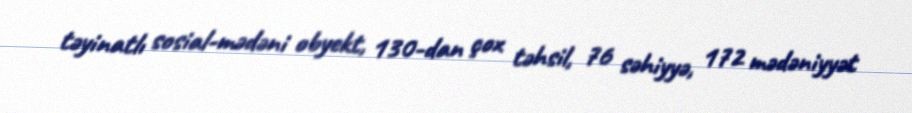
təyinatlı sosial-mədəni obyekt, 130-dan çox təhsil, 76 səhiyyə, 172 mədəniyyət